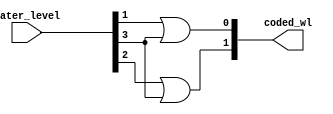
module encorder_water_level(
	input [3:0] water_level,
	output [1:0] coded_wl
);

//teste



or(coded_wl[0], water_level[1], water_level[3]);
or(coded_wl[1], water_level[2], water_level[3]);








/*
	00 - erro ou nvel crtico
	01 - nvel baixo
	10 - nvel mdio
	11 - nvel alto
*/

endmodule